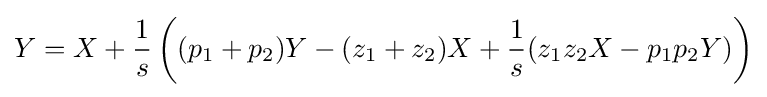
Y=X+{\frac {1}{s}}\left((p_{1}+p_{2})Y-(z_{1}+z_{2})X+{\frac {1}{s}}(z_{1}z_{2}X-p_{1}p_{2}Y)\right)